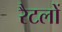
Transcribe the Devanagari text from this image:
रैटलों